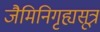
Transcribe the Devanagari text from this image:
जैमिनिगृह्यसूत्र